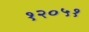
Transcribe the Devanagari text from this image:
१२०५१